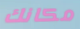
مكانك